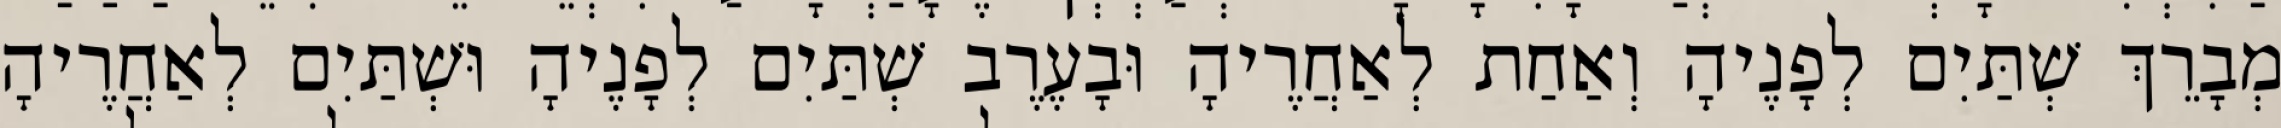
מְבָרֵךְ שְׁתַּיִם לְפָנֶיהָ וְאַחַת לְאַחֲרֶיהָ וּבָעֶרֶב שְׁתַּיִם לְפָנֶיהָ וּשְׁתַּיִם לְאַחֲרֶיהָ